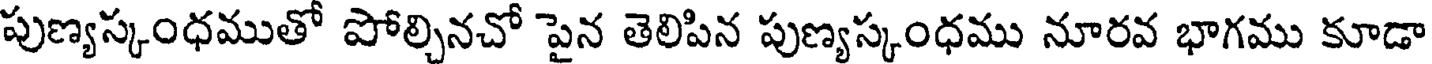
పుణ్యస్కంధముతో పోల్చినచో పైన తెలిపిన పుణ్యస్కంధము నూరవ భాగము కూడా